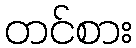
တင်စား